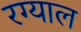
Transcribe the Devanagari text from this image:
रग्याल